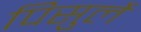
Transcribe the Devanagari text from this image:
पिसुर्ले